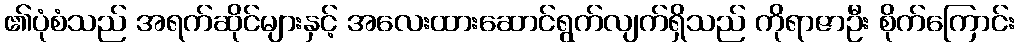
၏ပုံစံသည် အရက်ဆိုင်များနှင့် အလေးထားဆောင်ရွက်လျက်ရှိသည် ကိုရာဇာဦး စိုက်ကြောင်း